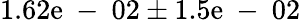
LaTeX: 1.62\mathrm{e}\mathrm{{~-~}}02\pm1.5\mathrm{e}\mathrm{{~-~}}02